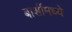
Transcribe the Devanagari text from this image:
बार्शीमध्ये